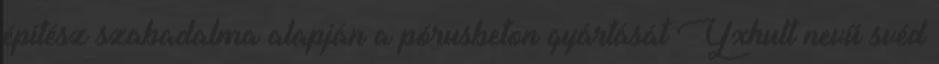
építész szabadalma alapján a pórusbeton gyártását Yxhult nevű svéd